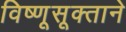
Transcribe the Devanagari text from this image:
विष्णूसूक्ताने